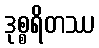
ဒုစ္စရိတဿ